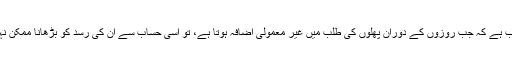
یہی سبب ہے کہ جب روزوں کے دوران پھلوں کی طلب میں غیر معمولی اضافہ ہوتا ہے، تو اسی حساب سے ان کی رسد کو بڑھانا ممکن نہیں ہوتا۔